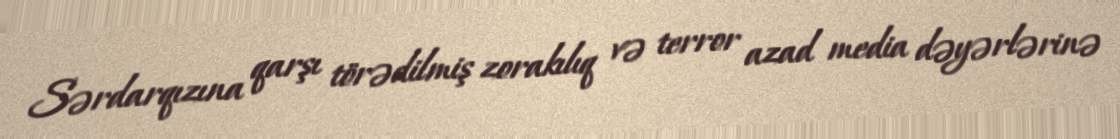
Sərdarqızına qarşı törədilmiş zorakılıq və terror azad media dəyərlərinə